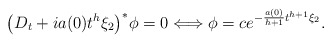
\begin{align*}\big(D_{t}+i a(0)t^{h}\xi_{2}\big)^\ast\phi=0 \Longleftrightarrow\phi=c e^{-\frac{a(0)}{h+1}t^{h+1}\xi_2}.\end{align*}